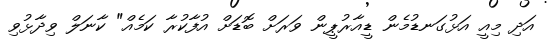
އަދި މިއީ އަޅުގަނޑުމެން ޑީއާރުޕީން ވަރަށް ބޮޑަށް އުފާކުރާ ކަމެއް" ކާނަލް ވިދާޅުވި